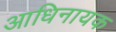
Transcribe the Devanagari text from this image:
आधिनायक